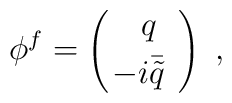
\phi^f=\left(\begin{array}{cc}~q\\[1mm] \!\!-i\bar{\tilde q}\end{array}\right)\;,